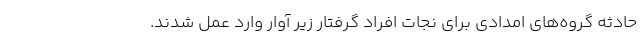
حادثه گروه‌های امدادی برای نجات افراد گرفتار زیر آوار وارد عمل شدند.